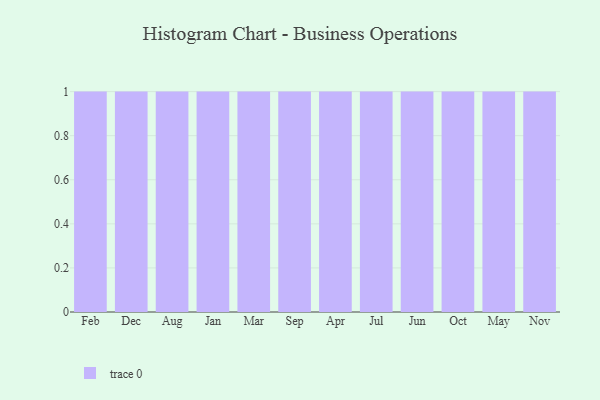
{"axis": {"x": "Month", "y": "Churn Rate (%)"}, "legend": [""], "data": [{"x": "Feb", "y": 26, "type": ""}, {"x": "Dec", "y": 88, "type": ""}, {"x": "Aug", "y": 54, "type": ""}, {"x": "Jan", "y": 28, "type": ""}, {"x": "Mar", "y": 85, "type": ""}, {"x": "Sep", "y": 61, "type": ""}, {"x": "Apr", "y": 39, "type": ""}, {"x": "Jul", "y": 21, "type": ""}, {"x": "Jun", "y": 30, "type": ""}, {"x": "Oct", "y": 43, "type": ""}, {"x": "May", "y": 46, "type": ""}, {"x": "Nov", "y": 32, "type": ""}]}